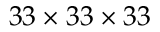
3 3 \times 3 3 \times 3 3